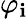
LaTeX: \varphi_{\mathbf{i}}